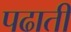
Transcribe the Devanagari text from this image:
पढाती